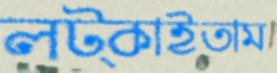
লট্‌কাইতাম